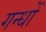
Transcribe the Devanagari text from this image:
गन्धों